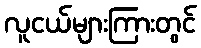
လူငယ်များကြားတွင်